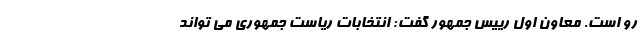
رو است. معاون اول رییس جمهور گفت: ‌انتخابات ریاست جمهوری می تواند